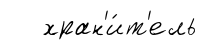
хран'и́т'ель